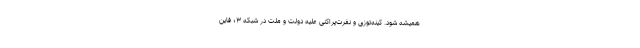
همیشه شود. کینه‌توزی و نفرت‌پراکنی علیه دولت و ملت در شبکه ۳؛ فاین